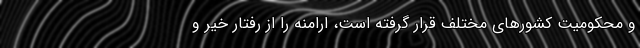
و محکومیت کشور‌های مختلف قرار گرفته است، ارامنه را از رفتار خیر و